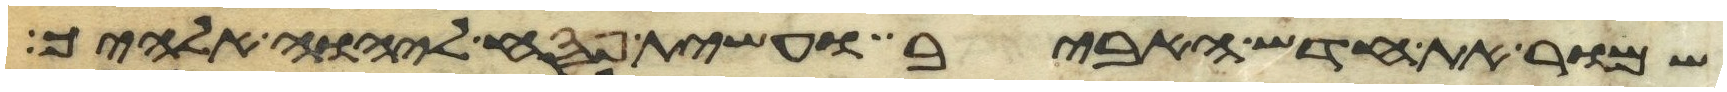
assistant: שמור את חדש האביב ועשית פסח ליהוה אלהיך